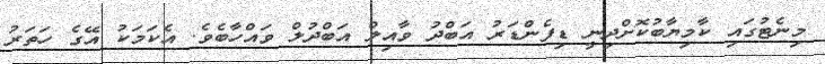
މިނެޓުގައި ކާމިޔާބުކޮށްދިނީ ޑިފެންޑަރު އަބްދު ވާއިލް އަބްދުލް ވައްހާބެވެ. އެކަމަކު އޭގެ ހަތަރު